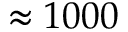
\approx 1 0 0 0